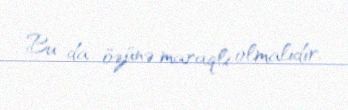
Bu da özünə maraqlı olmalıdır.